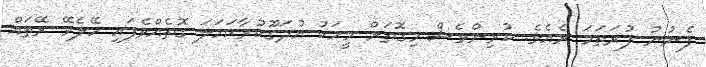
ފެނުނު ފުރަތަމަ ރެއެވެ. ކުރިންވެސް މިގޮތަށް މީހަކު އުދަގޫކުރާކަހަލަ ގޮތެއްވެފައި ހޭލެވޭ ރޭތައް